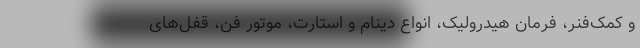
و کمک‌فنر، فرمان هیدرولیک، انواع دینام و استارت، موتور فن، قفل‌های